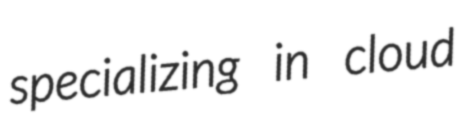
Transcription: specializing in cloud